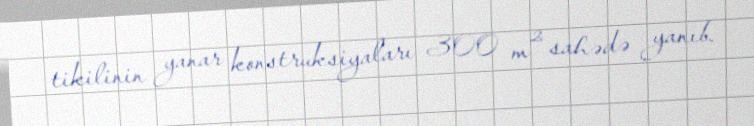
tikilinin yanar konstruksiyaları 300 m² sahədə yanıb.